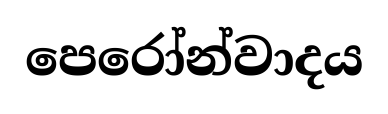
පෙරෝන්වාදය